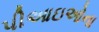
પીઆઇઓના